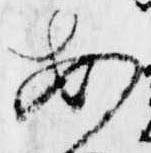
安